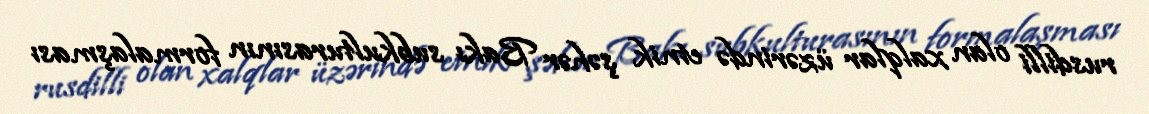
rusdilli olan xalqlar üzərində etnik şəhər Bakı subkulturasının formalaşması